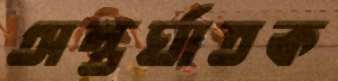
অন্তর্ঘাতক